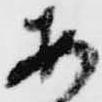
あ